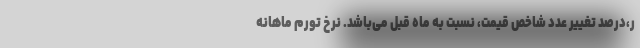
ر،‌درصد تغییر عدد شاخص قیمت، نسبت به ماه قبل می‌باشد. نرخ تورم ماهانه